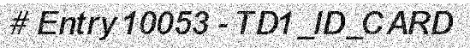
# Entry 10053 - TD1_ID_CARD